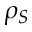
\rho _ { S }